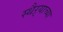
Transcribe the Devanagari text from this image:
स्थैऱ्याच्या